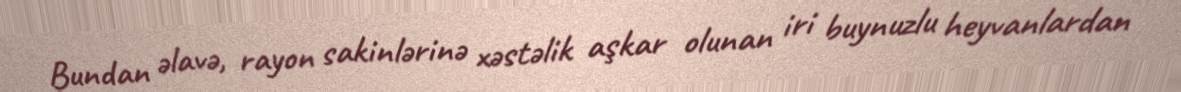
Bundan əlavə, rayon sakinlərinə xəstəlik aşkar olunan iri buynuzlu heyvanlardan